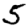
Digit: 5